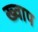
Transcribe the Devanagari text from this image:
ख्वाप